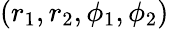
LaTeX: (r_{1},r_{2},\phi_{1},\phi_{2})